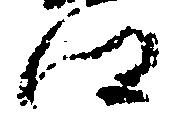
郷